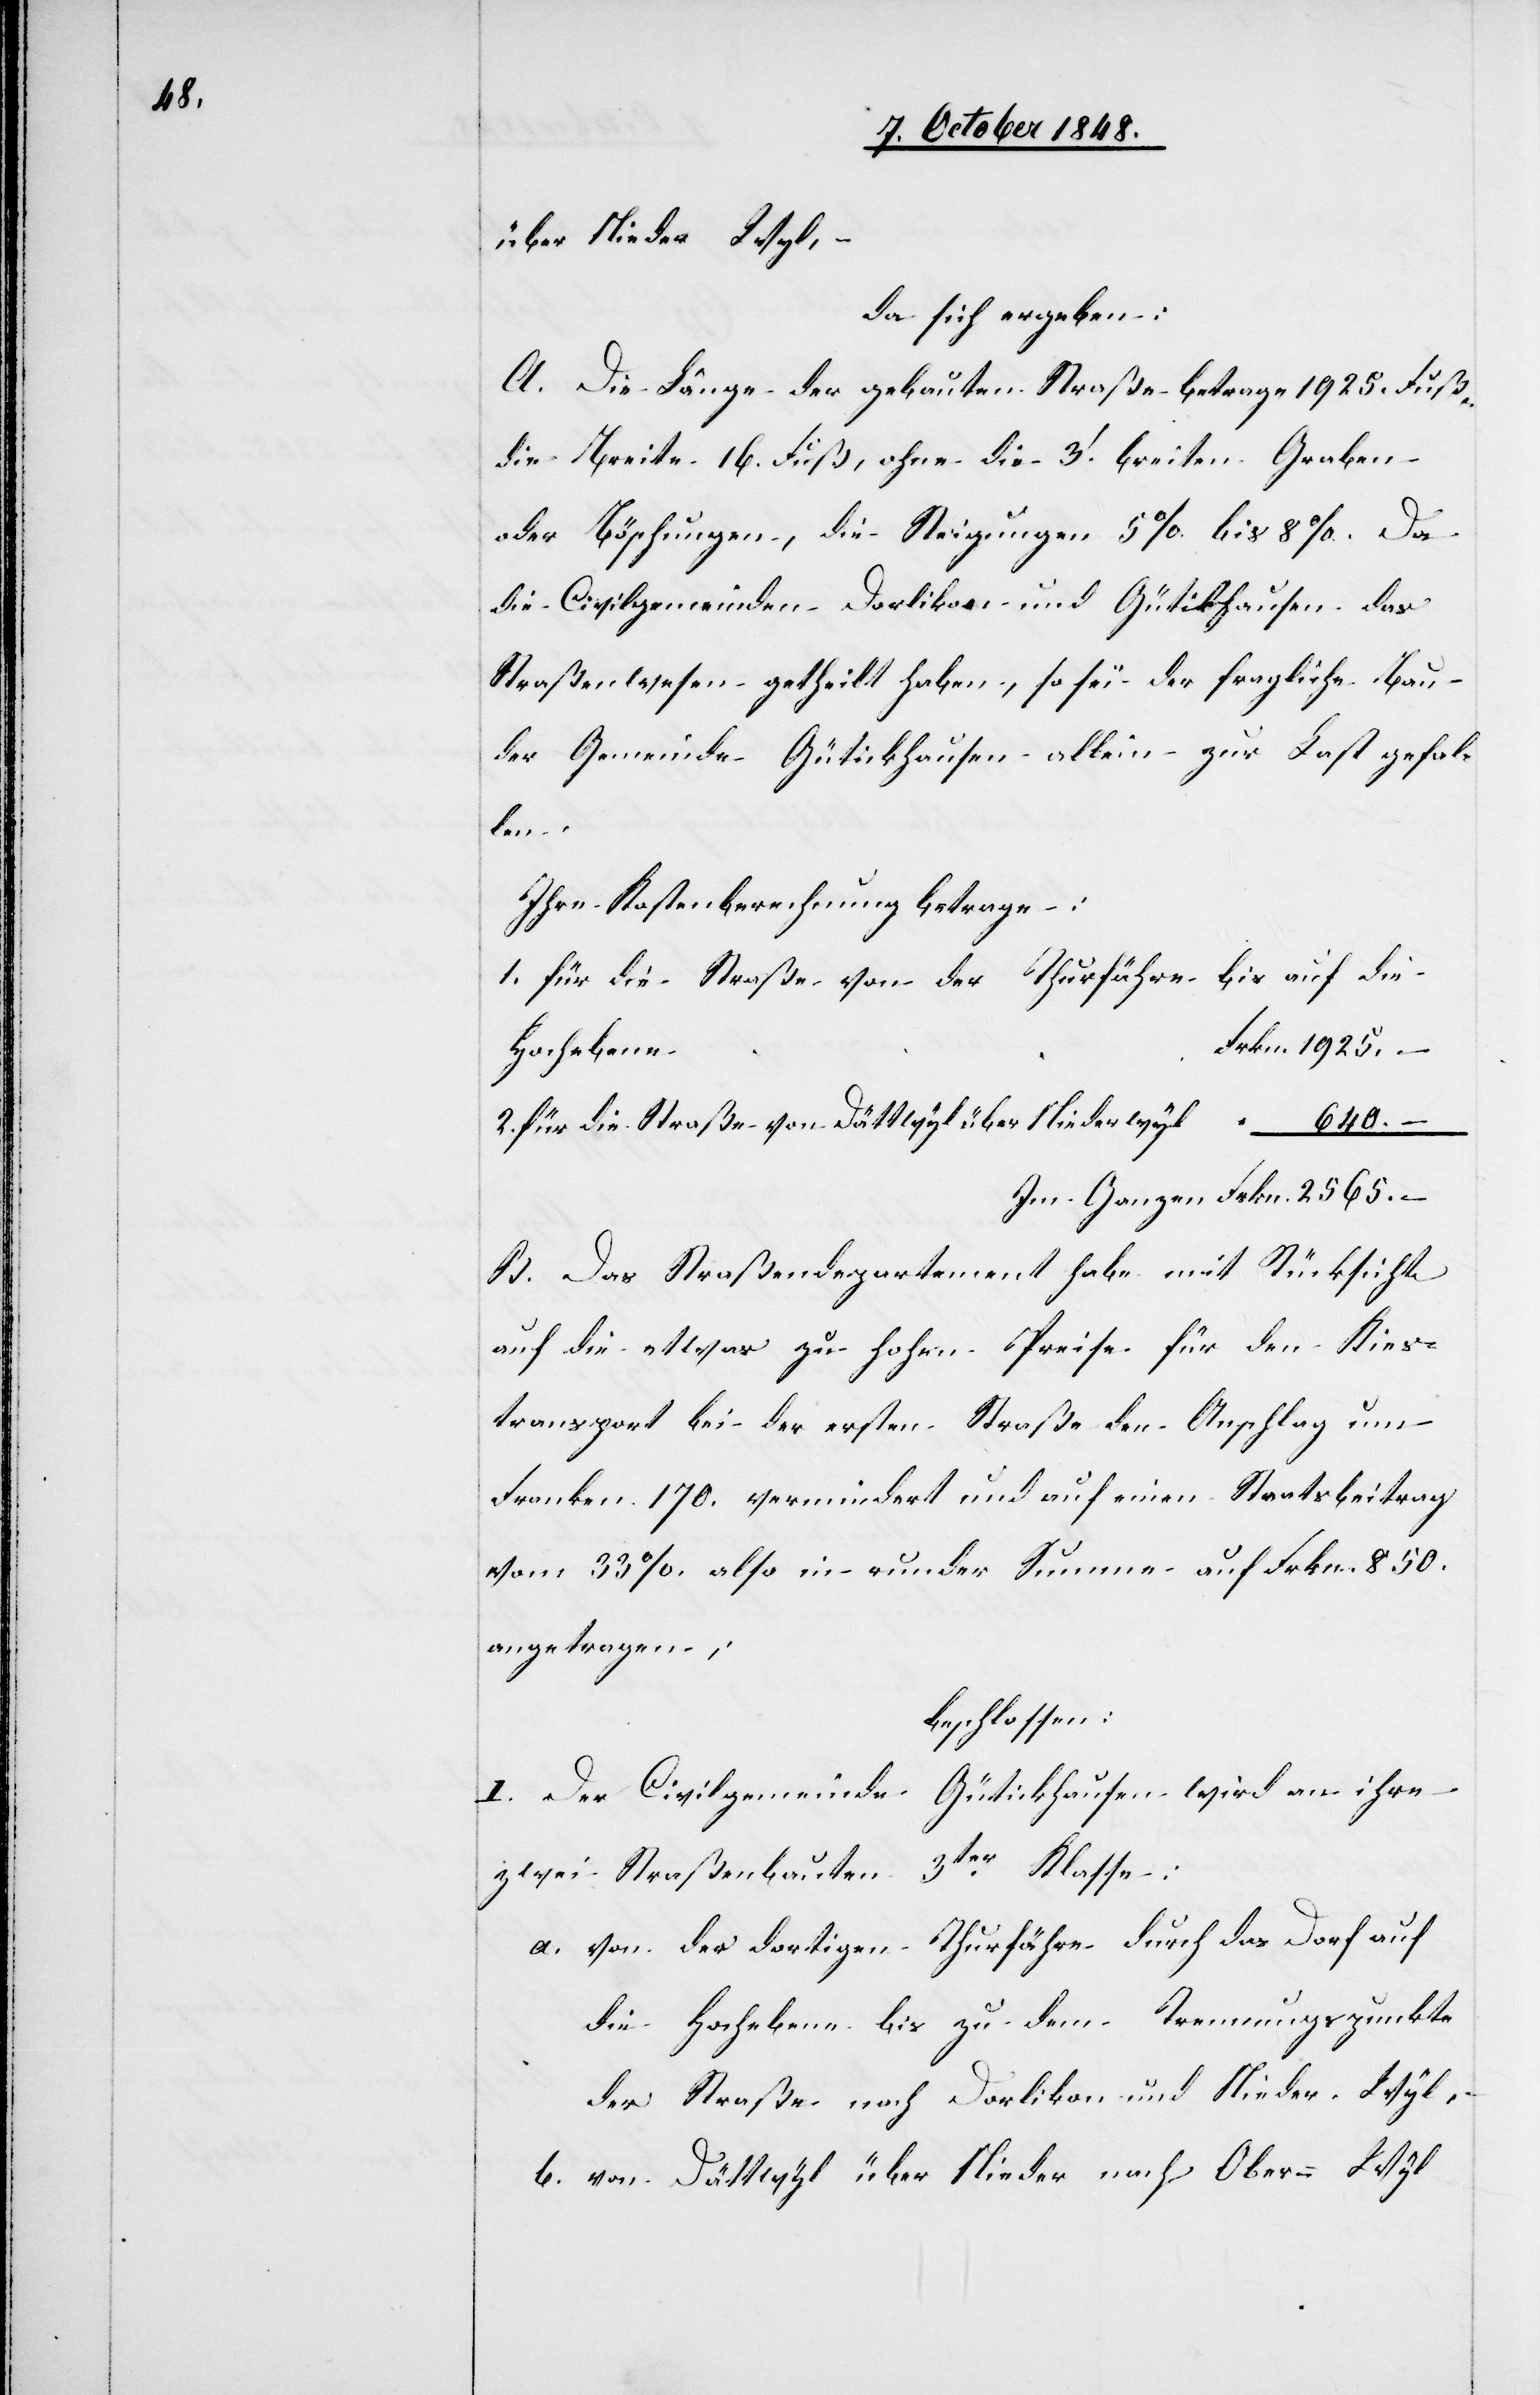
640.

über Nieder Wyl, –
da sich ergeben:
A. Die Länge der gebauten Straße betrage 1925. Fuß,
die Breite 16. Fuß, ohne die 3.’ breiten Graben
oder Böschungen, die Steigungen 5% bis 8%. Da
die Civilgemeinden Dorlikon und Gütickhausen das
Straßenwesen getheilt haben, so sei der fragliche Bau
der Gemeinde Gütickhausen allein – zur Last gefal¬
len.
Ihre Kostenberechnugn betrage:
1. für die Straße von der Thurfähre bis auf die
2. für die Straße von Dättwyl über Niederwyl
Im Ganzen Frkn. 2656. –
B. Das Straßendepartement habe mit Rücksicht
auf die etwas zu hohen Preise für den Kies¬
transport bei der ersten Straße den Anschlag um
Franken. 170. vermindert und auf einen Staatsbeitrag
vom [sic!] 33% also in runder Summe auf Frkn. 850.
angetragen.
beschlossen:
I. Der Civilgemeinde Gütickhausen wird an ihre
zwei Straßenbauten 3ter Klasse:
a. von der dortigen Thurfähre durch das Dorf auf
die Hochebene bis zu dem Trennungspunkte
der Straße nach Dorlikon und Nieder-Wyl